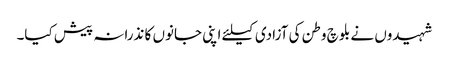
شہیدوں نے بلوچ وطن کی آزادی کیلئے اپنی جانوں کا نذرانہ پیش کیا۔